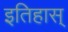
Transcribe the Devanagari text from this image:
इतिहास्